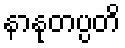
နာနုတပ္ပတိ